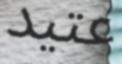
عتيد